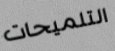
التلميحات